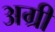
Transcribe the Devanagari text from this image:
अग्री